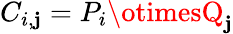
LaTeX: C_{i,\mathbf{j}}=P_{i}\otimesQ_{\mathbf{j}}